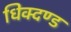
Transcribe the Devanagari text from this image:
धिक्दण्ड